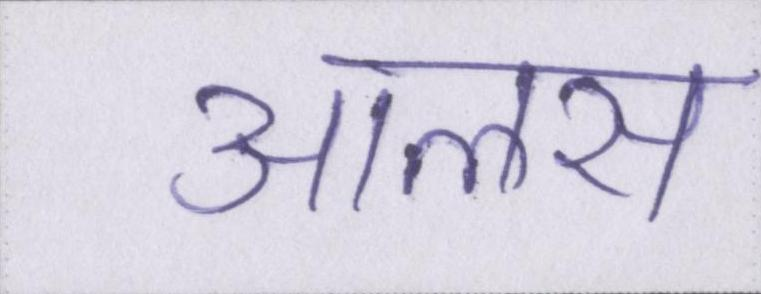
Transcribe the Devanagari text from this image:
आलस